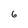
Character: 6